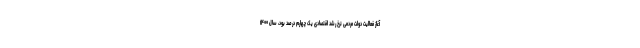
آغاز فعالیت دولت مردمی نرخ رشد اقتصادی یک چهارم درصد بود، سال ۱۴۰۰